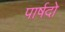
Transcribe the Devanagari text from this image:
पार्षदो